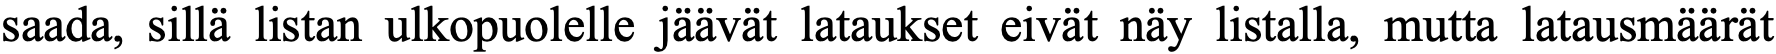
saada, sillä listan ulkopuolelle jäävät lataukset eivät näy listalla, mutta latausmäärät